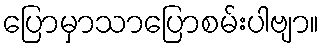
ပြောမှာသာပြောစမ်းပါဗျာ။